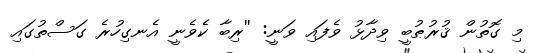
މި ގޮތުން ޤުރުޠުބީ ވިދާޅު ވެފައި ވަނީ: ''ރިބާ ކެވެނީ އެނގިހުރެ ގަސްތުގައި